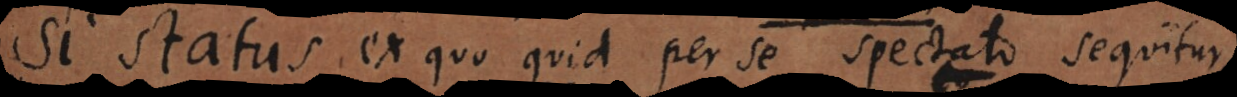
Si status, ex quo quid per se spectato sequitur,